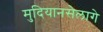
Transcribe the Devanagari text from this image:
मुदियानसेलागे